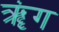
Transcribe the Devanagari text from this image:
ॠंग